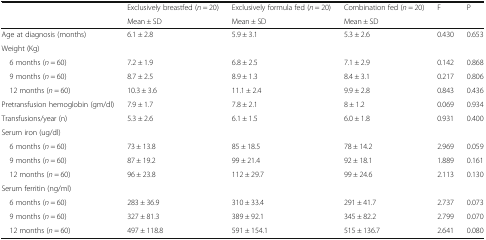
<table><thead><tr><td rowspan="2"></td><td><b>Exclusively breastfed (<i>n</i> = 20)</b></td><td><b>Exclusively formula fed (<i>n</i> = 20)</b></td><td><b>Combination fed (<i>n</i> = 20)</b></td><td rowspan="2"><b>F</b></td><td rowspan="2"><b>P</b></td></tr><tr><td><b>Mean ± SD</b></td><td><b>Mean ± SD</b></td><td><b>Mean ± SD</b></td></tr></thead><tbody><tr><td>Age at diagnosis (months)</td><td>6.1 ± 2.8</td><td>5.9 ± 3.1</td><td>5.3 ± 2.6</td><td>0.430</td><td>0.653</td></tr><tr><td colspan="6">Weight (Kg)</td></tr><tr><td> 6 months (<i>n</i> = 60)</td><td>7.2 ± 1.9</td><td>6.8 ± 2.5</td><td>7.1 ± 2.9</td><td>0.142</td><td>0.868</td></tr><tr><td> 9 months (<i>n</i> = 60)</td><td>8.7 ± 2.5</td><td>8.9 ± 1.3</td><td>8.4 ± 3.1</td><td>0.217</td><td>0.806</td></tr><tr><td> 12 months (<i>n</i> = 60)</td><td>10.3 ± 3.6</td><td>11.1 ± 2.4</td><td>9.9 ± 2.8</td><td>0.843</td><td>0.436</td></tr><tr><td>Pretransfusion hemoglobin (gm/dl)</td><td>7.9 ± 1.7</td><td>7.8 ± 2.1</td><td>8 ± 1.2</td><td>0.069</td><td>0.934</td></tr><tr><td>Transfusions/year (n)</td><td>5.3 ± 2.6</td><td>6.1 ± 1.5</td><td>6.0 ± 1.8</td><td>0.931</td><td>0.400</td></tr><tr><td colspan="6">Serum iron (ug/dl)</td></tr><tr><td> 6 months (<i>n</i> = 60)</td><td>73 ± 13.8</td><td>85 ± 18.5</td><td>78 ± 14.2</td><td>2.969</td><td>0.059</td></tr><tr><td> 9 months (<i>n</i> = 60)</td><td>87 ± 19.2</td><td>99 ± 21.4</td><td>92 ± 18.1</td><td>1.889</td><td>0.161</td></tr><tr><td> 12 months (<i>n</i> = 60)</td><td>96 ± 23.8</td><td>112 ± 29.7</td><td>99 ± 24.6</td><td>2.113</td><td>0.130</td></tr><tr><td colspan="6">Serum ferritin (ng/ml)</td></tr><tr><td> 6 months (<i>n</i> = 60)</td><td>283 ± 36.9</td><td>310 ± 33.4</td><td>291 ± 41.7</td><td>2.737</td><td>0.073</td></tr><tr><td> 9 months (<i>n</i> = 60)</td><td>327 ± 81.3</td><td>389 ± 92.1</td><td>345 ± 82.2</td><td>2.799</td><td>0.070</td></tr><tr><td> 12 months (<i>n</i> = 60)</td><td>497 ± 118.8</td><td>591 ± 154.1</td><td>515 ± 136.7</td><td>2.641</td><td>0.080</td></tr></tbody></table>